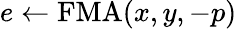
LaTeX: e\gets\mathrm{FMA}(x,y,-p)